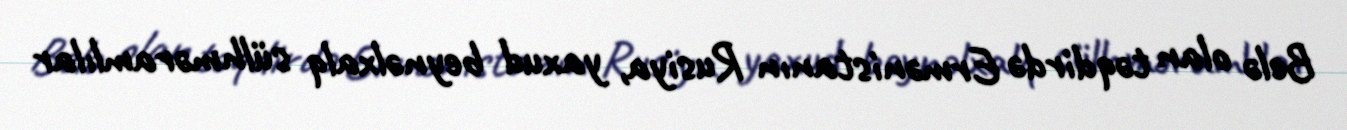
Belə olan təqdirdə Ermənistanın Rusiya, yaxud beynəlxalq sülhməramlılar